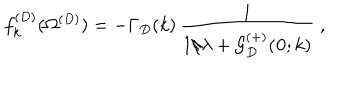
f _ { k } ^ { ( D ) } ( \Omega ^ { ( { D } ) } ) = - \Gamma _ { { D } } ( k ) \, \frac { 1 } { 1 / \lambda + { \mathcal G } _ { { D } } ^ { ( + ) } ( { \bf 0 } ; k ) } \; ,